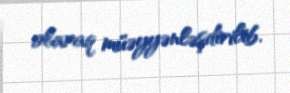
olaraq müəyyənləşdirilib.